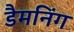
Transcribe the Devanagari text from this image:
डैमनिंग